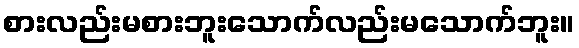
စားလည်းမစားဘူးသောက်လည်းမသောက်ဘူး။